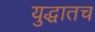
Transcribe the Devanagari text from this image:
युद्धातच